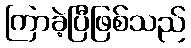
ကြာခဲ့ပြီဖြစ်သည်